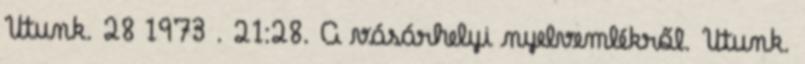
Utunk. 28 1973 . 21:28. A vásárhelyi nyelvemlékről. Utunk.